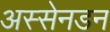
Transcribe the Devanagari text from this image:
अस्सेनडन